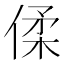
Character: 㑱